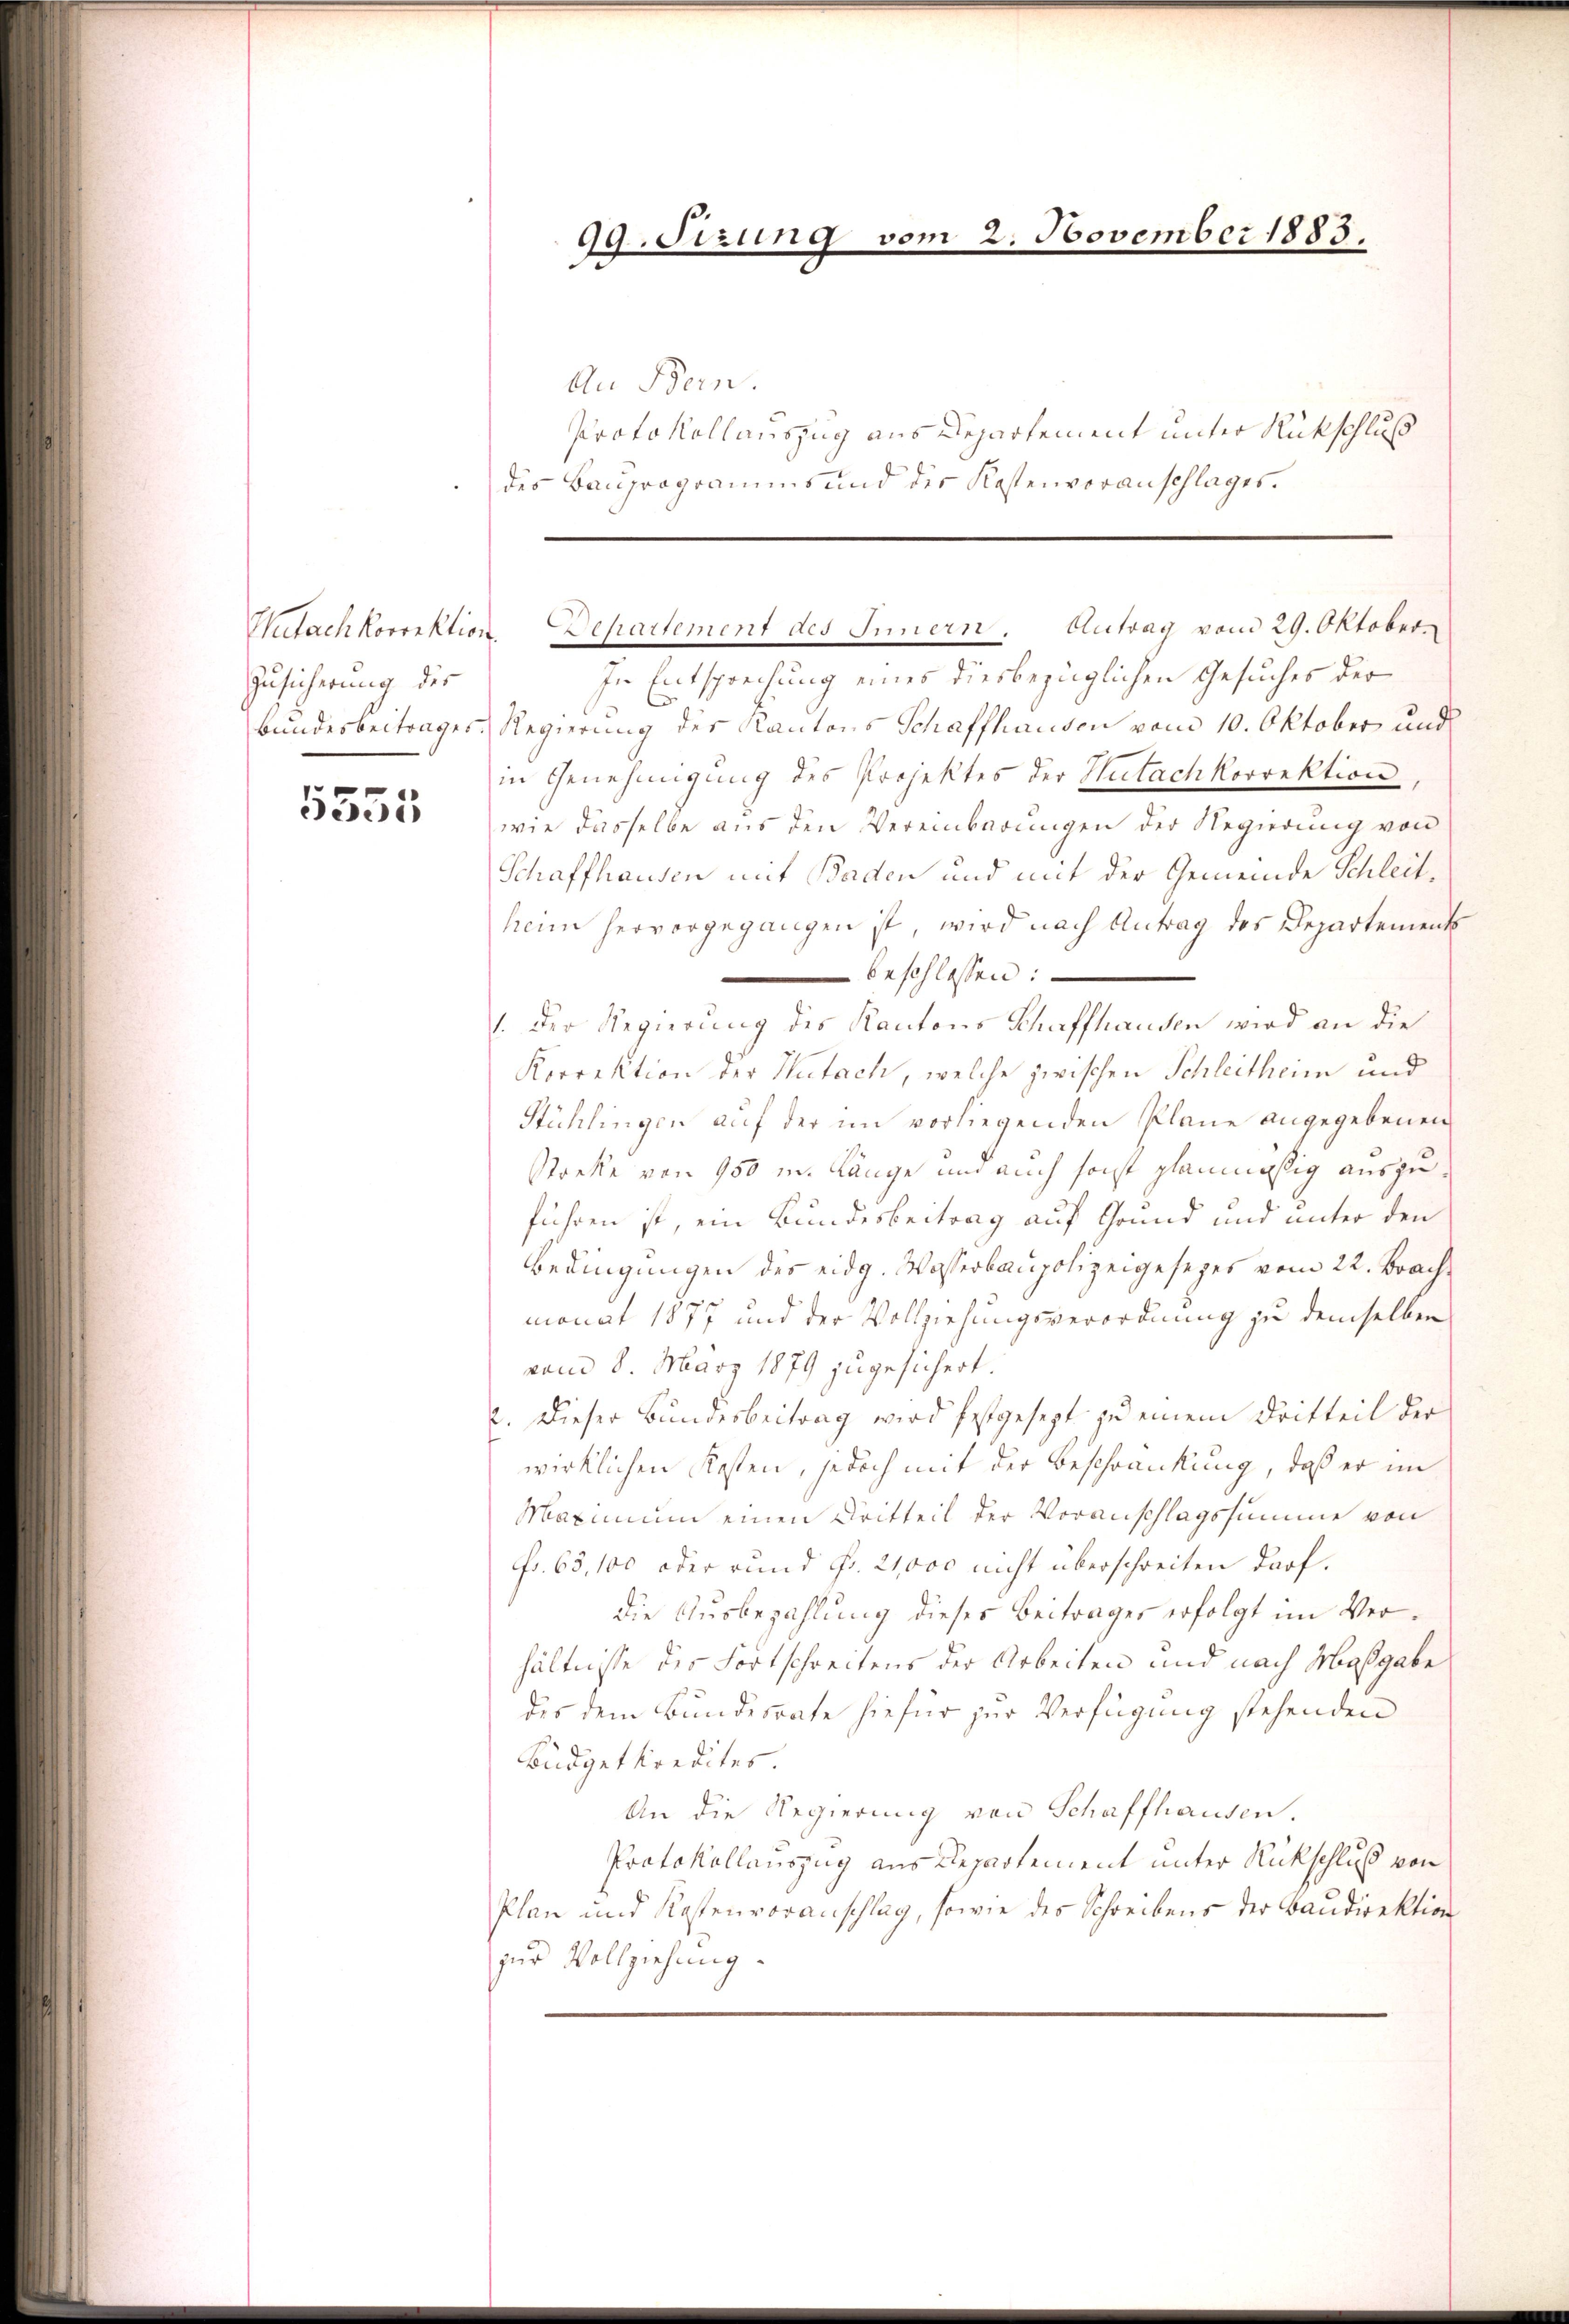
Zusicherung der

5551

99. Sizung vom 2. November 1885.

An Bern.
Protokollauszug aus Departement unter Rückschluß
des Bauprogramms und der Kostenveranschlages.

Wutachkorrektion. Departement des Innern. Antrag vom 29. Oktober

In Entsprechung eines diesbezüglichen Gesuches der
Bundesbeitrages Regierung der Kantons Schaffhausen vom 10. Oktober und
in Genehmigung des Projektes der Nutachkorrektion,
wie dasselbe aus den Vereinbarungen der Regierung von
Schaffhausen mit Baden und mit der Gemeinde Schleitheim hervorgegangen ist, wird nach Antrag des Departements
beschlossen:
1. Der Regierung des Kantons Schaffhausen wird an die
Korrektion der Mutach, welche zwischen Schleitheim und
Stühlingen auf der im vorliegenden Plane angegebenen
Streke von 950 m Länge und auch sonst planmässig auszuführen ist, ein Bundesbeitrag auf Grund und unter den
Bedingungen des eidg. Wasserbaupolizeigesezes vom 22. Brachmonat 1877 und der Vollziehungsverordnung zu demselben
vom 8. März 1879 zugesichert.
2. Dieser Bundesbeitrag wird festgesezt zu einem Dritteil der
wirklichen Kosten, jedoch mit der Beschränkung, daß er im
Maximum einen Dritteil der Voranschlagssumme von
fr. 63, 100 oder rund Fr. 21,000 nicht überschreiten darf.
die Ausbezahlung dieses Beitrages erfolgt im Verhältnisse des Fortschreitens der Arbeiten und nach Maßgabe
des dem Bundesrate hiefür zur Verfügung stehenden
Büdgetkredites.
An die Regierung von Schaffhausen.
Protokollauszug aus Departement unter Rückschluß von
Plan und Kostenvoranschlag, sowie des Schreibens der Baudirektion
zur Vollziehung.